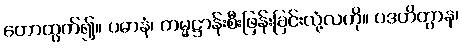
တောထွက်၍။ ပဓာနံ၊ ကမ္မဋ္ဌာန်းစီးဖြန်းခြင်းလုံ့လကို။ ပဒဟိတွာန၊